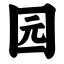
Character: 园